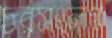
চরসংলগ্ন